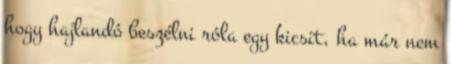
hogy hajlandó beszélni róla egy kicsit, ha már nem